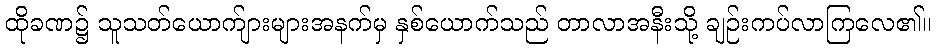
ထိုခဏ၌ သူသတ်ယောက်ျားများအနက်မှ နှစ်ယောက်သည် တာလာအနီးသို့ ချဉ်းကပ်လာကြလေ၏။